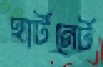
হার্টনের্ট